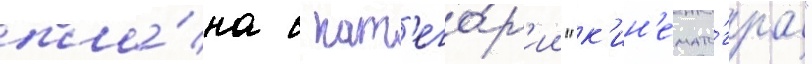
пла́на в кат'его́р'ии "к'ин'емато́граф"